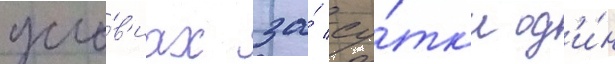
усло́в'иах за́ су́тк'и од'и́н